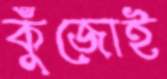
কুঁজোই